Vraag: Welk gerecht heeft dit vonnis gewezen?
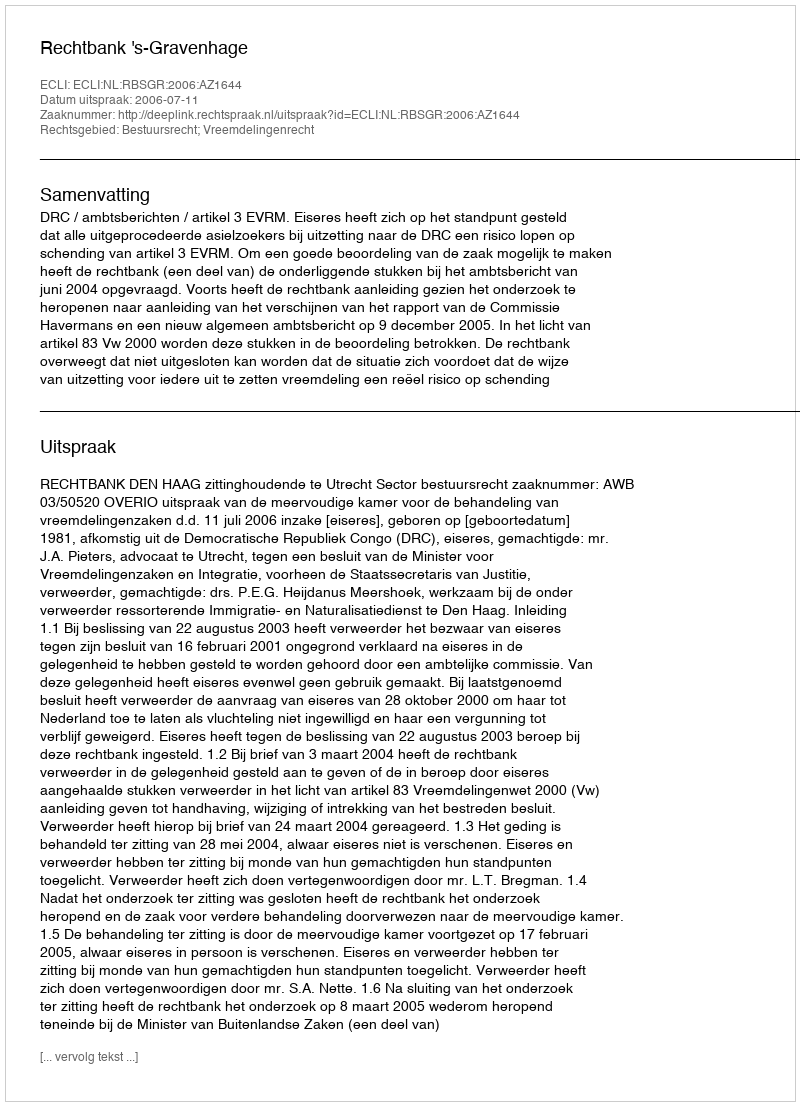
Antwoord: Rechtbank 's-Gravenhage